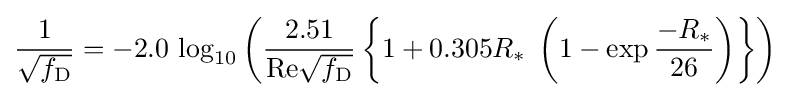
{\frac {1}{\sqrt {f_{\mathrm {D} }}}}=-2.0\,\log _{10}\left({\frac {2.51}{\mathrm {Re} {\sqrt {f_{\mathrm {D} }}}}}\left\{1+0.305R_{*}\;\left(1-\exp {\frac {-R_{*}}{26}}\right)\right\}\right)